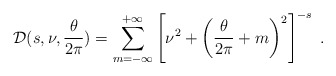
\begin{align*}{\cal D} (s,\nu, {\theta\over 2\pi}) = \sum_{m=-\infty}^{+\infty}\left[ \nu^2 +\left({\theta\over 2\pi}+m \right)^2 \right]^{-s} \;.\end{align*}